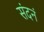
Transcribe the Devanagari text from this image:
संदनं